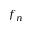
f _ { n }